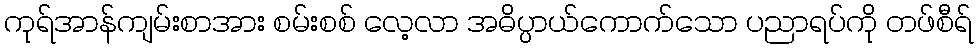
ကုရ်အာန်ကျမ်းစာအား စမ်းစစ် လေ့လာ အဓိပ္ပာယ်ကောက်သော ပညာရပ်ကို တဖ်စီရ်